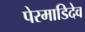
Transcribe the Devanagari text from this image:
पेरमाडिदेव